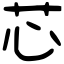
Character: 芯